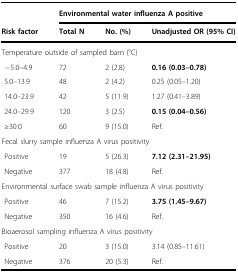
|  | <COLSPAN=3> Environmental water influenza A positive |
 | Risk factor | Total N | No. (%) | Unadjusted OR (95% CI) |
 | --- | --- | --- | --- |
 | <COLSPAN=4> Temperature outside of sampled barn (°C) |
 | −5.0–4.9 | 72 | 2 (2.8) | 0.16 (0.03–0.78) |
 | 5.0–13.9 | 48 | 2 (4.2) | 0.25 (0.05–1.20) |
 | 14.0–23.9 | 42 | 5 (11.9) | 1.27 (0.41–3.89) |
 | 24.0–29.9 | 120 | 3 (2.5) | 0.15 (0.04–0.56) |
 | ≥30.0 | 60 | 9 (15.0) | Ref. |
 | <COLSPAN=4> Fecal slurry sample influenza A virus positivity |
 | Positive | 19 | 5 (26.3) | 7.12 (2.31–21.95) |
 | Negative | 377 | 18 (4.8) | Ref. |
 | <COLSPAN=4> Environmental surface swab sample influenza A virus positivity |
 | Positive | 46 | 7 (15.2) | 3.75 (1.45–9.67) |
 | Negative | 350 | 16 (4.6) | Ref. |
 | <COLSPAN=4> Bioaerosol sampling influenza A virus positivity |
 | Positive | 20 | 3 (15.0) | 3.14 (0.85–11.61) |
 | Negative | 376 | 20 (5.3) | Ref. |